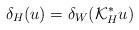
LaTeX: \begin{align*}\delta_H(u)=\delta_W(\mathcal{K}^*_H u)\end{align*}